Document type: Sale
Year: 1440
Scribe: Pere Pau Pujades
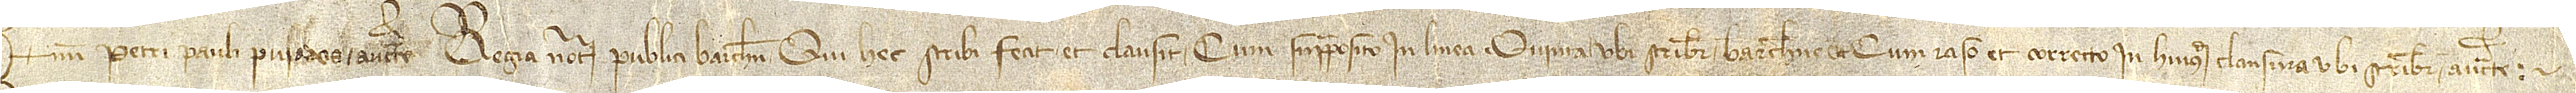
num Petri Pauli Puiades, auctoritate regia notarii publici Barchinone, qui hec scribi fecit et clausit cum supraposito in linea quinta, ubi scribitur “Barchinone”, et cum raso et correcto in huiusmodi clausura, ubi scribitur “auctoritate”.